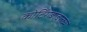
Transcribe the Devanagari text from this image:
कोटिंगबाबतच्या